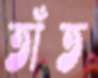
তাঁত